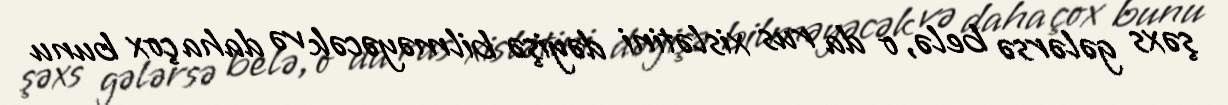
şəxs gələrsə belə, o da rus xislətini dəyişə bilməyəcək və daha çox bunu